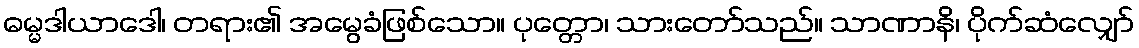
ဓမ္မဒါယာဒေါ၊ တရား၏ အမွေခံဖြစ်သော။ ပုတ္တော၊ သားတော်သည်။ သာဏာနိ၊ ပိုက်ဆံလျှော်